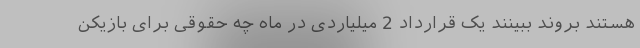
هستند بروند ببینند یک قرارداد 2 میلیاردی در ماه چه حقوقی برای بازیکن